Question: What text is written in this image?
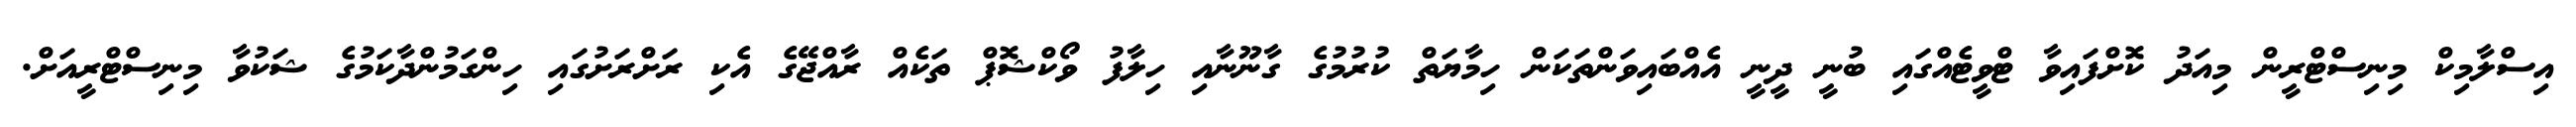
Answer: އިސްލާމިކް މިނިސްޓްރީން މިއަދު ކޮށްފައިވާ ޓްވީޓެއްގައި ބުނީ ދީނީ އެއްބައިވަންތަކަން ހިމާޔަތް ކުރުމުގެ ގާނޫނާއި ހިލާފު ވޯކްޝޮޕް ތަކެއް ރާއްޖޭގެ އެކި ރަށްރަށުގައި ހިންގަމުންދާކަމުގެ ޝަކުވާ މިނިސްޓްރީއަށް.